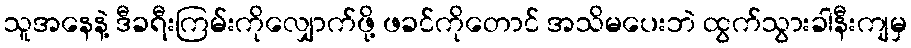
သူအနေနဲ့ ဒီခရီးကြမ်းကိုလျှောက်ဖို့ ဖခင်ကိုတောင် အသိမပေးဘဲ ထွက်သွားခါနီးကျမှ